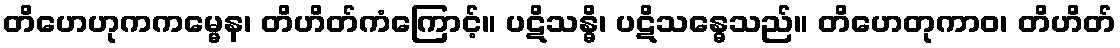
တိဟေဟုကကမ္မေန၊ တိဟိတ်ကံကြောင့်။ ပဋိသန္ဓိ၊ ပဋိသန္ဓေသည်။ တိဟေတုကာဝ၊ တိဟိတ်